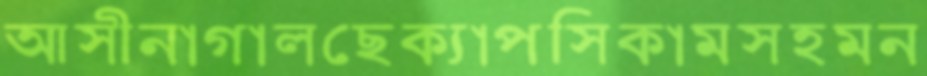
আসীনাগালছেক্যাপসিকামসহমন